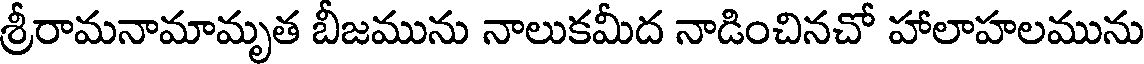
శ్రీరామనామామృత బీజమును నాలుకమీద నాడించినచో హాలాహలమును